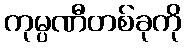
ကုမ္ပဏီတစ်ခုကို